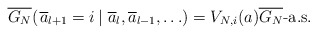
\begin{align*} \overline{G_N}(\left.\overline{a}_{l+1} = i\, \right|\, \overline{a}_l,\overline{a}_{l-1}, \ldots)= V_{N,i}(a) \overline{G_N} \mbox{-}\mathrm{a.s.}\end{align*}